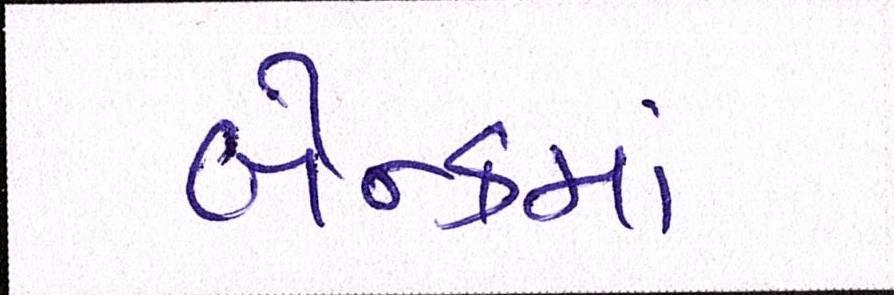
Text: બેન્કમાં